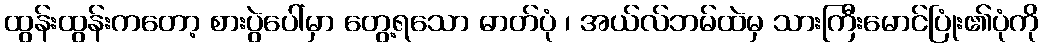
ထွန်းထွန်းကတော့ စားပွဲပေါ်မှာ တွေ့ရသော ဓာတ်ပုံ ၊ အယ်လ်ဘမ်ထဲမှ သားကြီးမောင်ပြုံး၏ပုံကို